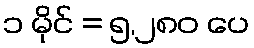
၁ မိုင် = ၅,၂၈၀ ပေ